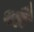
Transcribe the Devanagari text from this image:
थौ